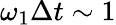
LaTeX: \omega_{1}\Delta t\sim 1